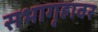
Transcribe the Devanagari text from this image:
सभागृहावर